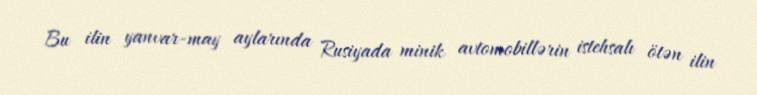
Bu ilin yanvar-may aylarında Rusiyada minik avtomobillərin istehsalı ötən ilin